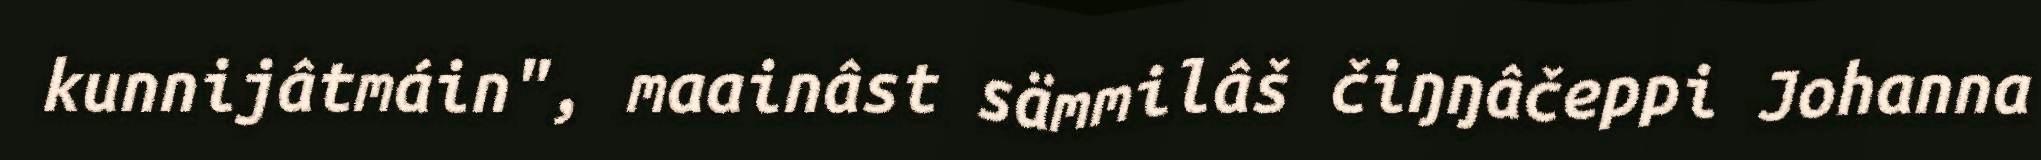
kunnijâtmáin", maainâst sämmilâš čiŋŋâčeppi Johanna